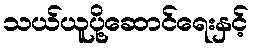
သယ်ယူပို့ဆောင်ရေးနှင့်